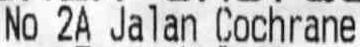
NO 2A JALAN COCHRANE